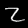
Digit: 2